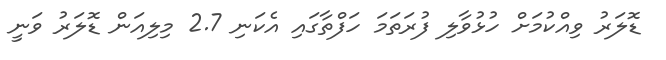
ޑޮލަރު ވިއްކުމަށް ހުޅުވާލި ފުރަތަމަ ހަފްތާގައި އެކަނި 2.7 މިލިއަން ޑޮލަރު ވަނީ